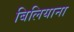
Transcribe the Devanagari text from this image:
बिलियाना